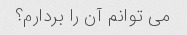
می توانم آن را بردارم؟